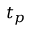
t _ { p }